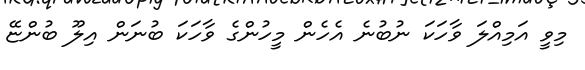
މިވީ އަމިއްލަ ވާހަކަ ނުބުނެ އެހެން މީހުންގެ ވާހަކަ ބުނަން އިލޫ ބުންޏޭ